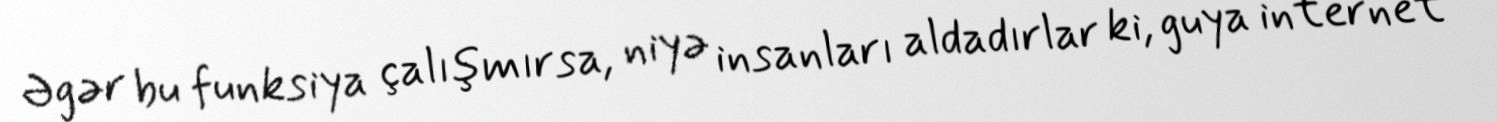
Əgər bu funksiya çalışmırsa, niyə insanları aldadırlar ki, guya internet